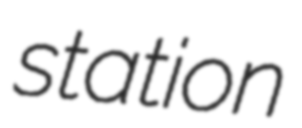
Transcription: station